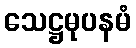
သေဋ္ဌမုပနမံ